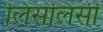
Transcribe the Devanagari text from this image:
लिसलिसी